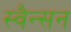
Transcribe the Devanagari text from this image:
स्वैन्सन